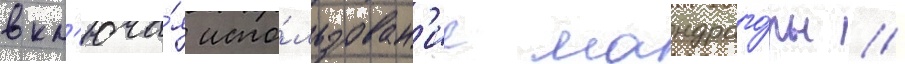
вкл'юча́я испо́льзован'ие мандраго́ры /